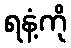
ရနံ့ကို